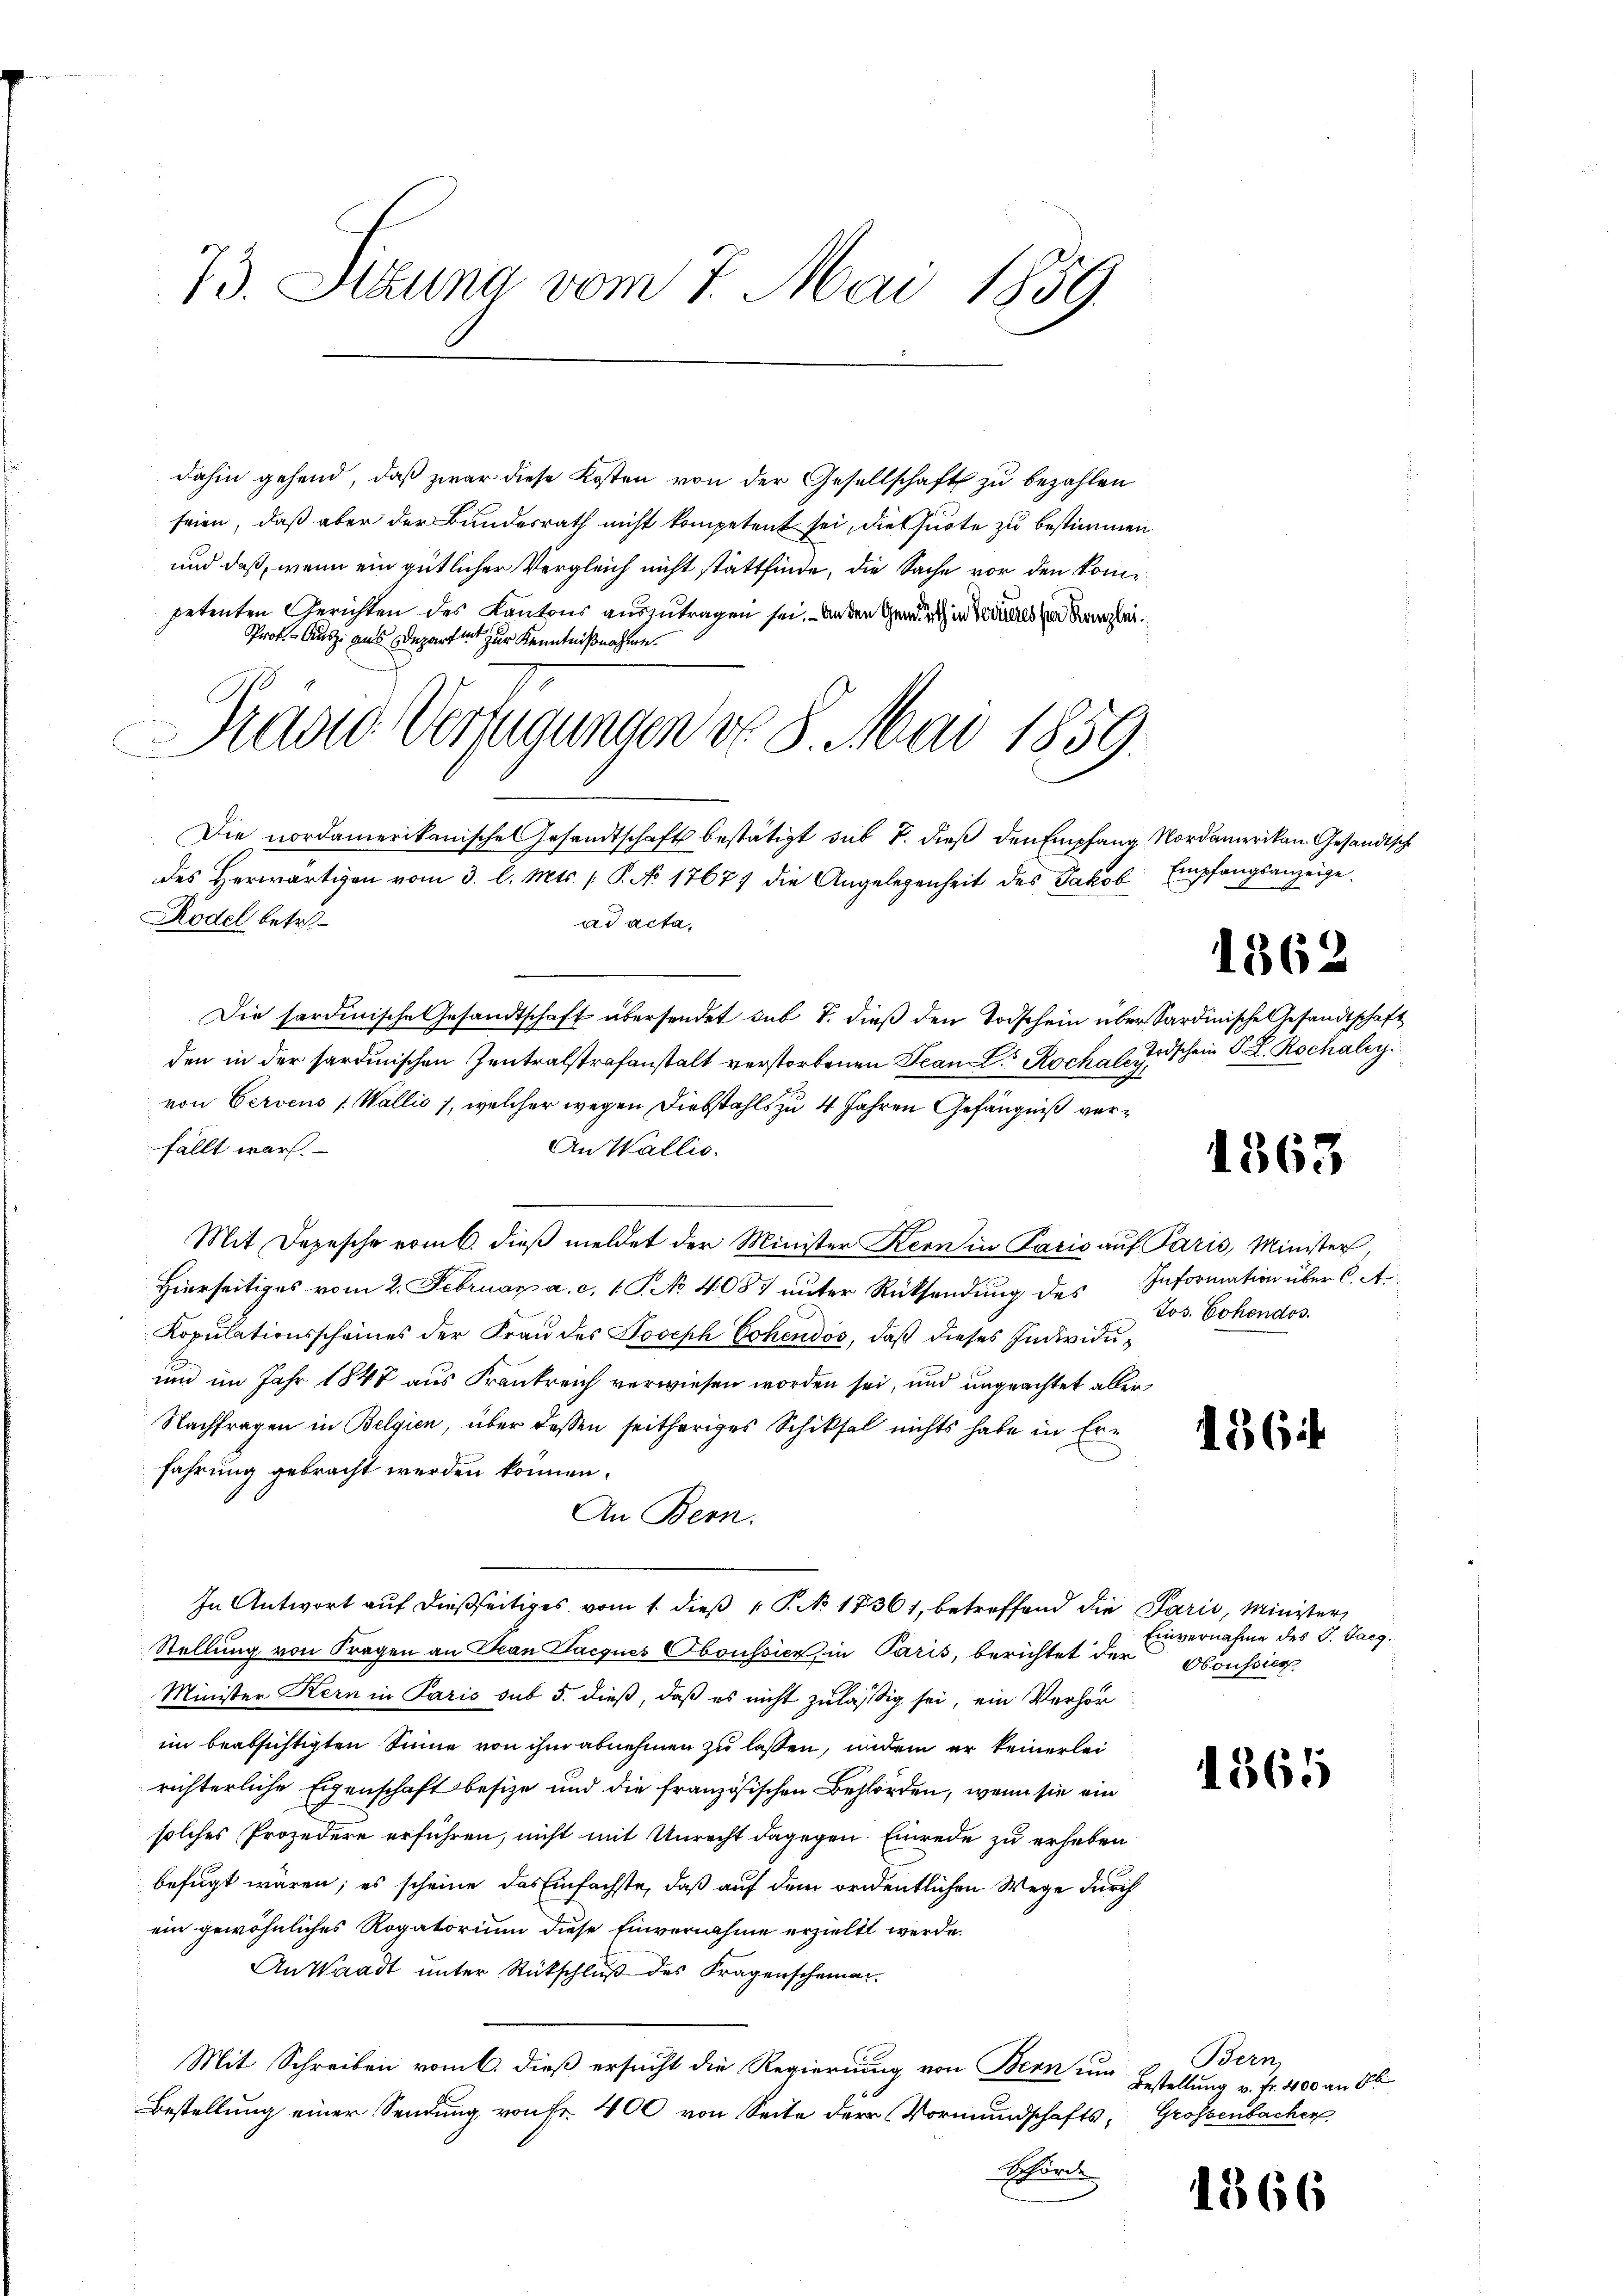
73. Sitzung vom 7. Mai 1859.

dahin gehend, daß zwar diese Kosten von der Gesellschaft zu bezahlen
seien, daß aber der Bundesrath nicht kompetent sei, die Quote zu bestimmen
und daß, wenn ein gütlicher Vergleich nicht stattfinde, die Sache vor den kompetenten Gerichten des Kantons auszutragen sei. – An den Gendarth in Teils der Kanzlei¬
Prok. - Ausz aus Departet zur Kenntnißnahme.
Die nordamerikanische Gesandtschaft bestätigt sub 1. dieß den Empfang Nordamerikan Gesandisch
des Herwärtigen vom 3. l. Mts. P. No 1767 die Angelegenheit des Jakob Empfangsanzeige
Rödel betr.
ad acta,
Die sardinische Gesandtschaft übersendet sub. T. dieß den Todschein über Sardinische Gesandtschaft
den in der sardinischen Zentralstrafanstalt verstorbenen Jean C. Rochas Erschein P. L. Rochaler.
von Cervens (Wallis 1, welcher wegen Diebstahls zu 4 Jahren Gefängniß verfällt war.
An Wallis.
Mit Depesche vom 6. dieβ meldet der Minister Kern in Paris auf Paris, Minister,
Hierseitiges vom 2. Februar a. c. 1 S. No 4087 unter Rücksendung des Information über C. Ar
Kopulationsscheines der Frau des Joseph Cohendos, daß dieses Individuum im Jahr 1848 aus Frankreich verwiesen worden sei, und ungeachtet aller
Nachfragen in Belgien, über dassen seitheriges Schiksal nichts habe in Erfahrung gebracht werden können.
An Bern.
In Antwort auf dießseitiges vom 1. dieß P. No. 18361, betreffend die Paris, Minister,
Stellung von Fragen an Jean Jacques Oboussier in Paris, berichtet der
Minister Kern in Paris sub 5. dieß, daß es nicht zuläßig sei, ein Verhör
im beabsichtigten Sinne von ihm abnehmen zu lassen, und ein er keinerlei
richterliche Eigenschaft besize und die französischen Behörden, wenn sie ein
solches Projedere erführen, nicht mit Unrecht dagegen Einrede zu erheben
befugt wären; es scheine das Einfachste, daß auf dem ordentlichen Wege durch
ein gewöhnliches Rogatorium diese Einvernahme erzielt werde.
An Waadt unter Rückschluß des Fragenscheinan¬
Mit Schreiben vom 6. dieß ersucht die Regierung von Bern um
Bestellung einer Sendung von Fr. 400 von Seite der Vormundschafts, Grossenbacher
Schre

Pravić-Verfügungen No. 8. Mai 1859.

1362

1363

Jos. Hohendos.

136

Einvernahme des G. Sarg.
Oboussier

1865

Bern
Bestellung v. fr. 400 an St

1366